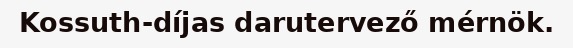
Kossuth-díjas darutervező mérnök.